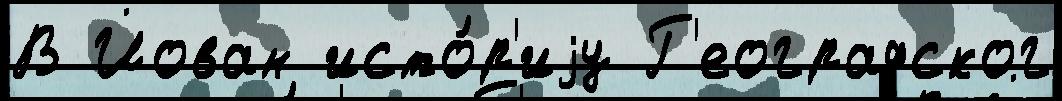
В Йован исто́р'иjу Г'еографског